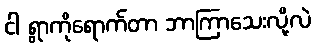
ငါ ရွာကိုရောက်တာ ဘာကြာသေးလို့လဲ